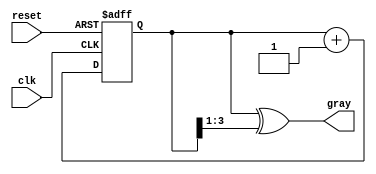
module gray_code_async_counter (
    input wire clk,          // Clock signal
    input wire reset,        // Asynchronous reset signal
    output reg [n-1:0] gray  // Output Gray code
);
    parameter n = 4; // Number of bits for the counter

    // Internal binary counter
    reg [n-1:0] binary_count;

    // Convert binary to Gray code
    function [n-1:0] binary_to_gray;
        input [n-1:0] binary;
        begin
            binary_to_gray = binary ^ (binary >> 1);
        end
    endfunction

    // Asynchronous counter logic
    always @(posedge clk or posedge reset) begin
        if (reset) begin
            binary_count <= 0; // Reset binary count
        end else begin
            // Increment binary count
            binary_count <= binary_count + 1;
        end
    end

    // Update Gray code output
    always @(binary_count) begin
        gray <= binary_to_gray(binary_count);
    end

endmodule